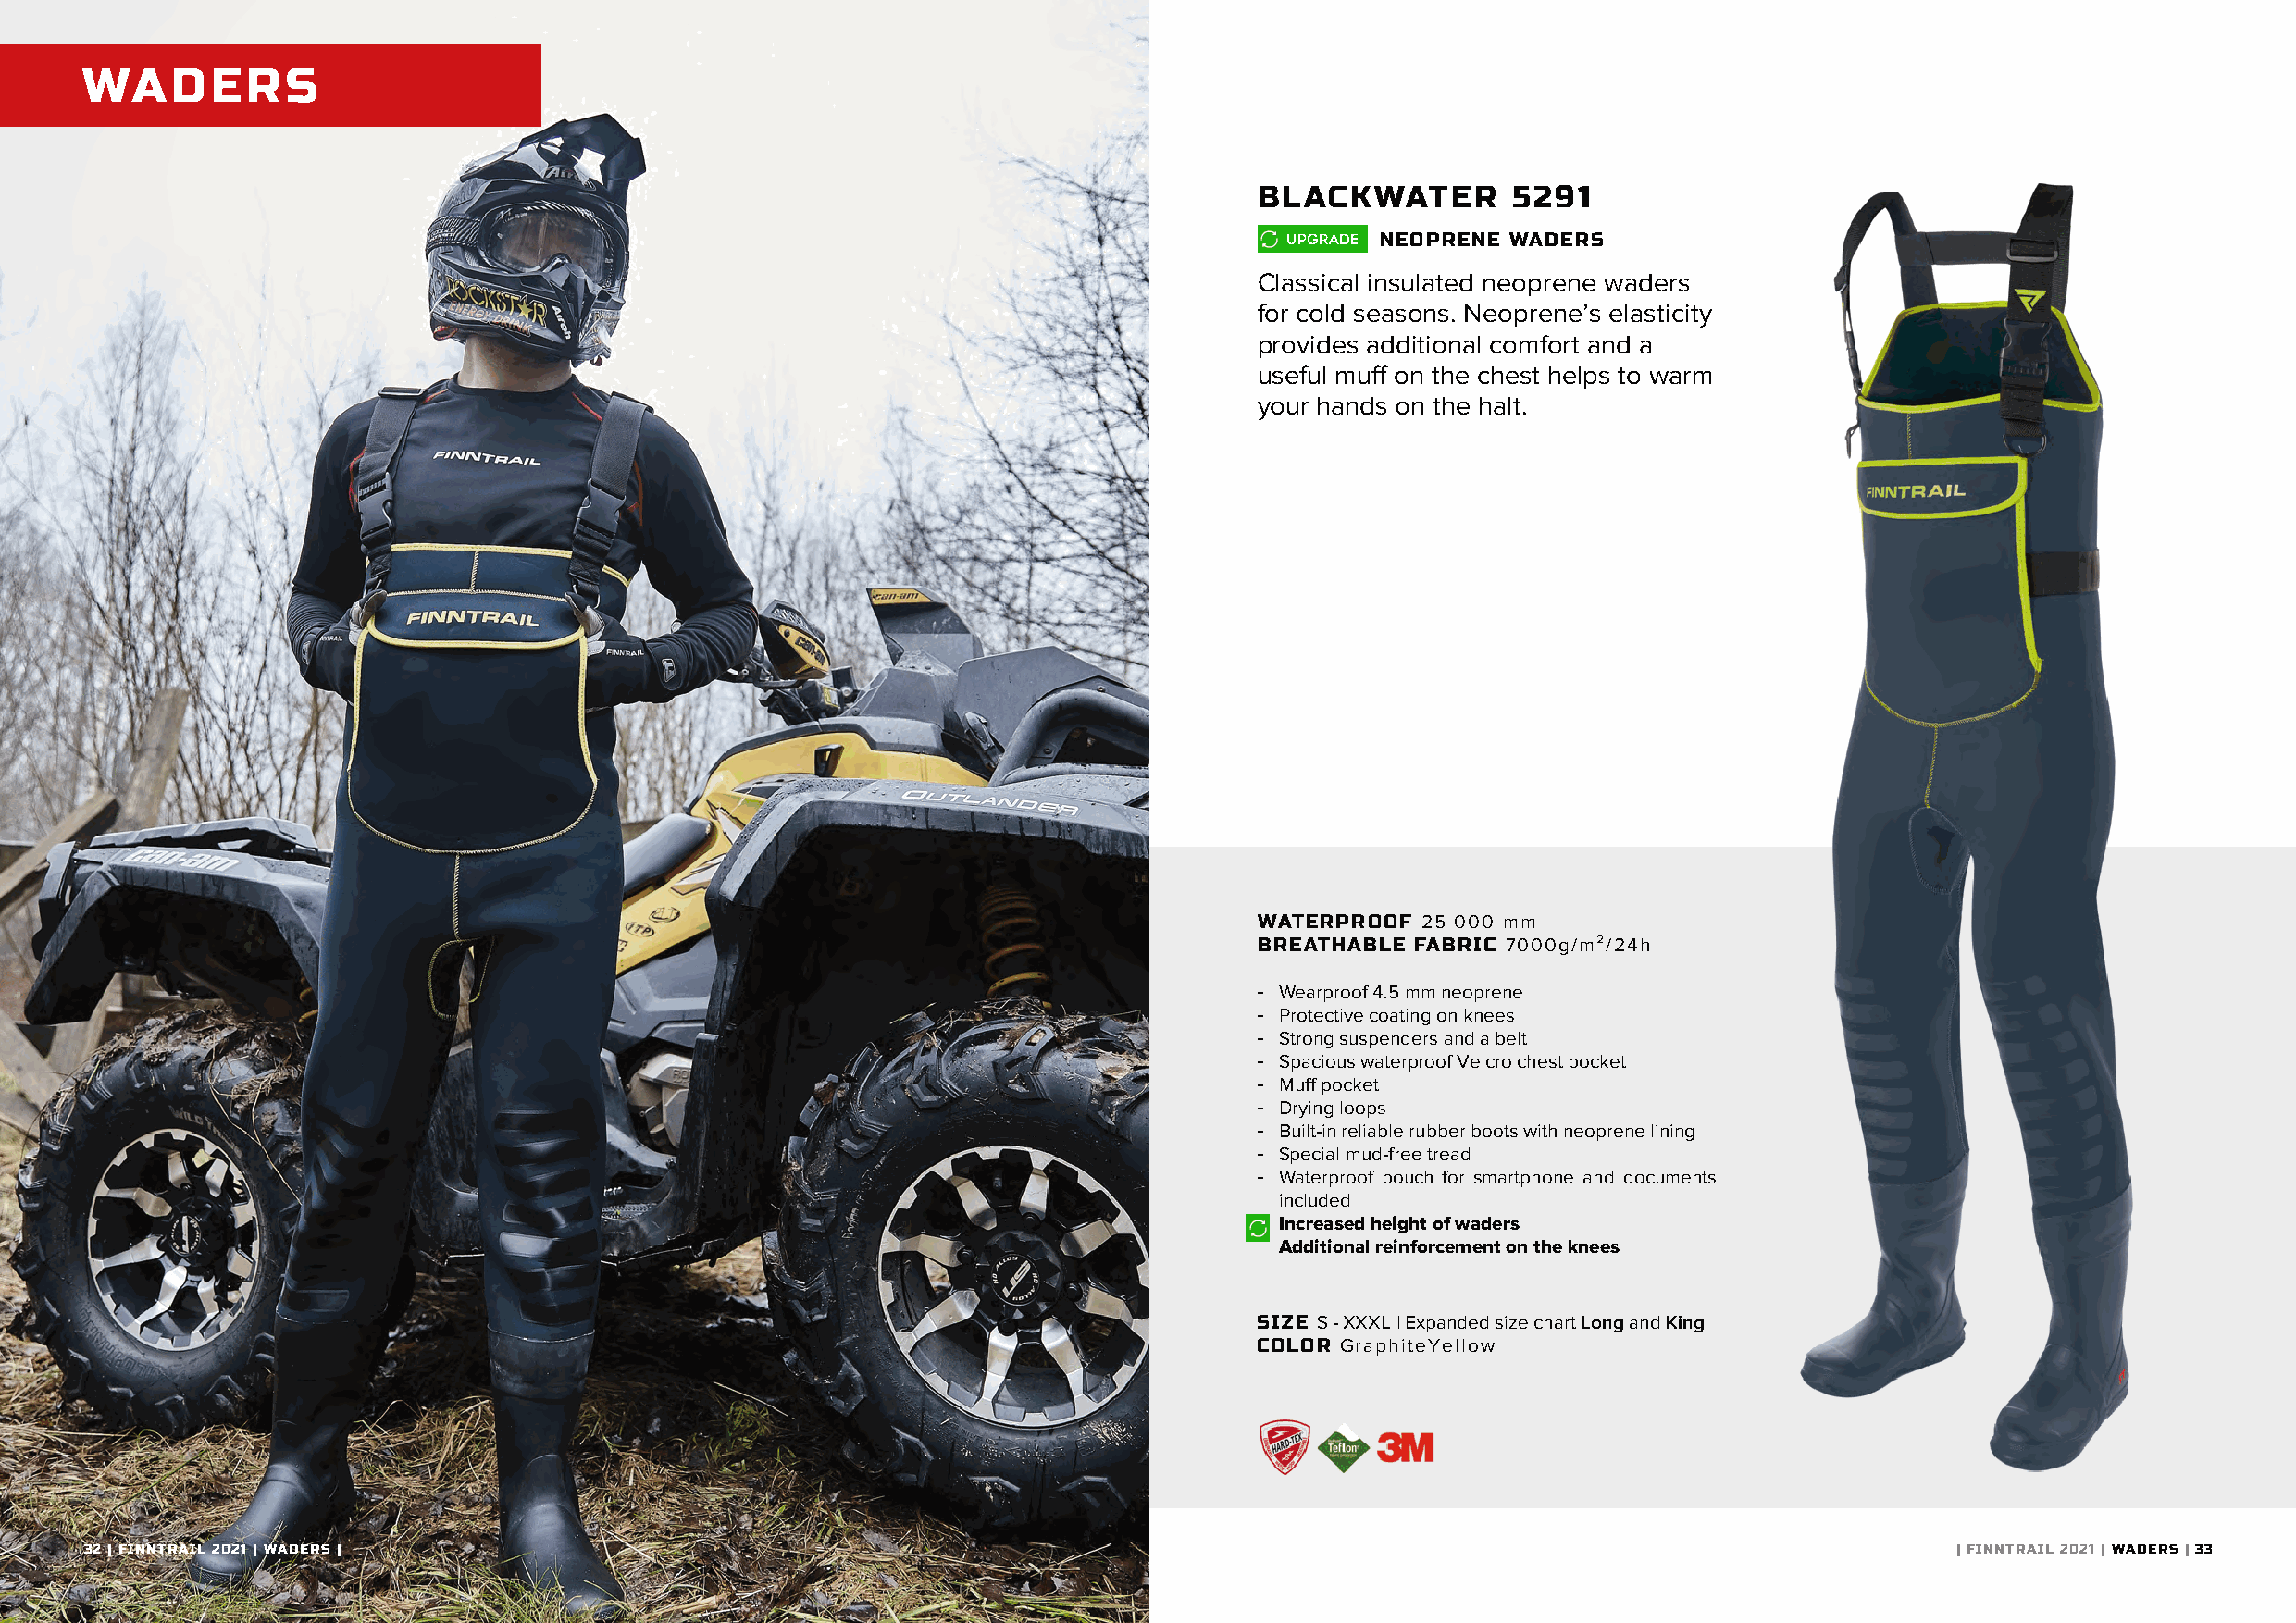
WADERS
 BLACKWATER        5291
 NEOPRENE WADERS
 Classical insulated neoprene waders
 for cold seasons. Neoprene’s elasticity
 provides additional comfort and a
 useful muff on the chest helps to warm
 your hands on the halt.
 WATERPROOF  25 000 mm
 BREATHABLE FABRIC 7000g/m²/24h
 - Wearproof 4.5 mm neoprene
 - Protective coating on knees
 - Strong suspenders and a belt
 - Spacious waterproof Velcro chest pocket
 - Muff pocket
 - Drying loops
 - Built-in reliable rubber boots with neoprene lining
 - Special mud-free tread
 - Waterproof pouch for smartphone and documents
 included
 Increased height of waders
 Additional reinforcement on the knees
 SIZE S - XXXL | Expanded size chart Long and King
 COLOR GraphiteYellow
 32 | FINNTRAIL 2021 | WADERS |                                                                                                        | FINNTRAIL 2021 | WADERS | 33